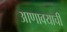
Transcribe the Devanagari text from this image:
आणावयाची